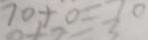
7 0 + 0 = 7 0